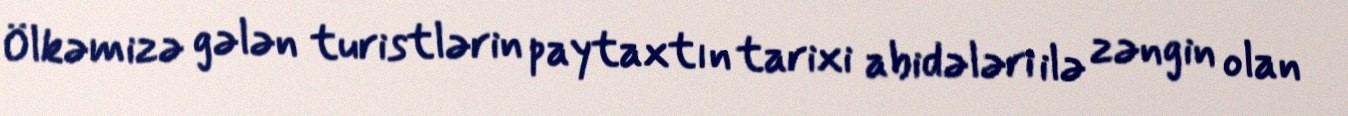
Ölkəmizə gələn turistlərin paytaxtın tarixi abidələri ilə zəngin olan